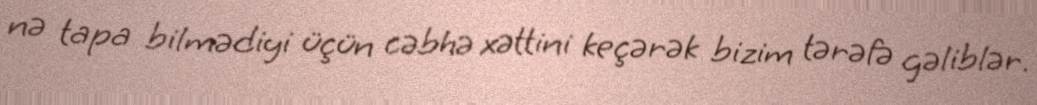
nə tapa bilmədiyi üçün cəbhə xəttini keçərək bizim tərəfə gəliblər.